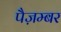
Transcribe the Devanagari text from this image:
पैज़म्बर